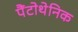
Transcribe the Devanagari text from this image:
पैंटोथेनिक